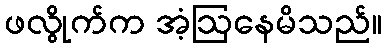
ဖလွိုက်က အံ့ဩနေမိသည်။